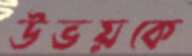
উভয়কে